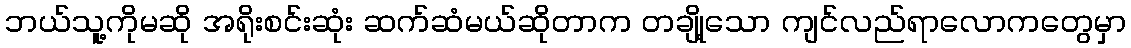
ဘယ်သူ့ကိုမဆို အရိုးစင်းဆုံး ဆက်ဆံမယ်ဆိုတာက တချို့သော ကျင်လည်ရာလောကတွေမှာ